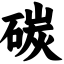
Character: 碳